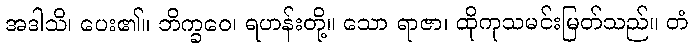
အဒါသိ၊ ပေး၏။ ဘိက္ခဝေ၊ ရဟန်းတို့။ သော ရာဇာ၊ ထိုကုသမင်းမြတ်သည်။ တံ